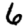
Digit: 6